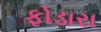
ફોડારા